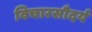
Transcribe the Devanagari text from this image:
विचारसौदर्य